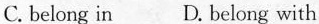
C. belong in D.belong with